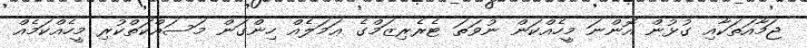
ޖަމާއަތަކާއި ގުޅުން އޮންނަ މީހެއްކަން ނުވަތަ ޓެރެރިޒަމްގެ ޢަމަލެއް ހިންގަން މަސައްކަތްކުރި މީހެއްކަމެއް